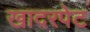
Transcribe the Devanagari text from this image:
खादरपेट